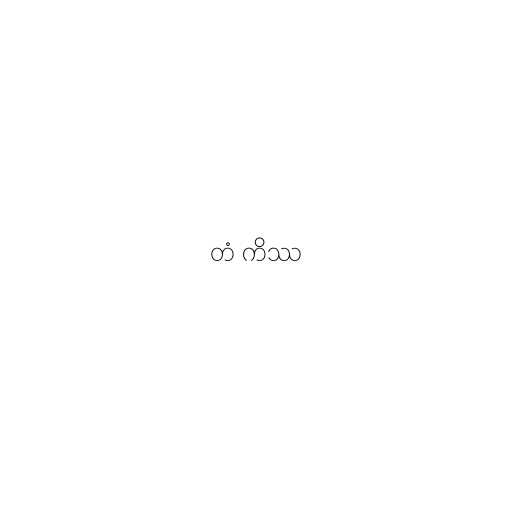
တံ ကိဿ